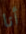
أنا